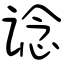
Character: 谂